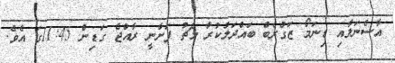
އާސެނަލާއި ޑިނަމޯ ޒަގްރެބް ބައްދަލުކުރާ މެޗު ފަށާނީ ރާއްޖެ ގަޑިން 11:45ގަ އެވެ.